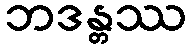
ဘဒန္တဿ